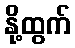
နို့ထွက်